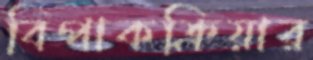
বিপাকক্রিয়ার